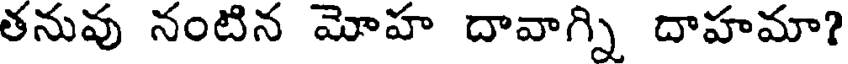
తనువు నంటిన మోహ దావాగ్ని దాహమా?